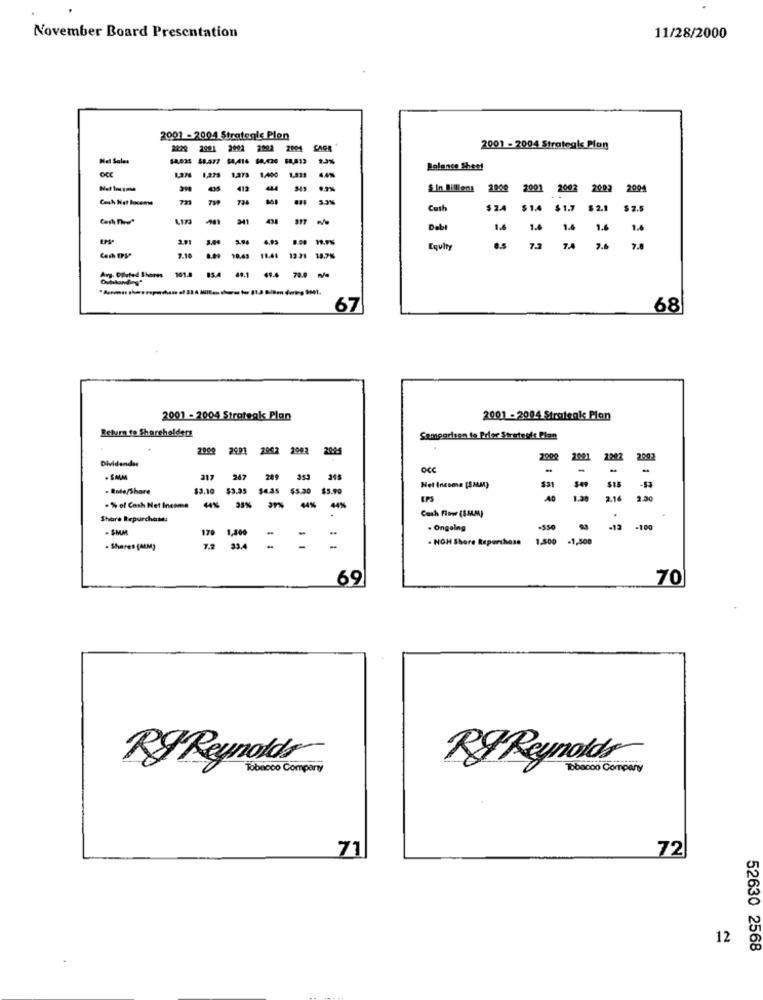
November Board Presentation
11/28/2000
2001 - 2004 Strategis Plen
2001
2002
2004 CAGR
2001 - 2004 Strategie Plon
Net Sales
SA,AI6
1,275
1.400
Balance Sheet
1,911
412
-
Sin Billiens 2000 2001
2002 2002
2004
739
736
5.3%
Cash
$ 2.4
$14 $1.7 $2.1
$ 2.5
1.173
341
438
Debt
14
1.4
6 1.6
1.4
5.00
8.00
Equity
8.5
7.
7.6
7.8
7.10
8.89 10.45
12.71
18.7%
Any, Diluted Shores
101.8 854 49.1 194 78. -
70.0
67
68
2001 - 2004 Strateals Plan
2001 - 2004 Stratenk Plan
Return to Shareholders
Semparisen to Prler Streteste Plan
2008 2991 2902 2003 2085
2001
2292
2002
Dividendss
OCC
-
-
-
317
247
249 353 345
-83
- Rote/Share
$3.10 $3.05 $4.35 $5.20 $5.90
Net Income [SAAM)
A0
2.16
2.20
-% of Cash Net Income
44%
Cash Flow (S.44M)
Share Repurchase:
- $MM
170
. Ongelng
-550
-13 -100
1,800
334
- NOH Shore Repurchase
1.500
-1,500
. Shares (AM)
69
70
R& Reynolds
Ry Reynolds
Tobacco Company
Bbscoo Company
71
72
12
52630 2568